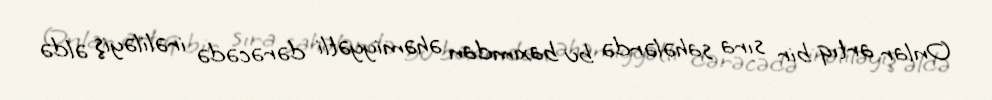
Onlar artıq bir sıra sahələrdə bu baxımdan əhəmiyyətli dərəcədə irəliləyiş əldə